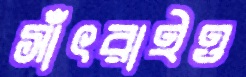
সাঁৎরাইও